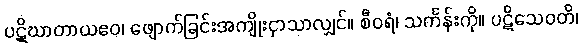
ပဋိဃာတာယဧဝ၊ ဖျောက်ခြင်းအကျိုးငှာသာလျှင်။ စီဝရံ၊ သင်္ကန်းကို။ ပဋိသေဝတိ၊